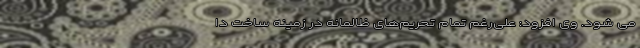
می شود. وی افزود: علی‌رغم تمام تحریم‌های ظالمانه در زمینه ساخت دا